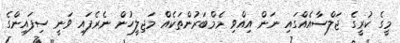
މީގެ ކުރީގެ ޖަލްސާއެއްގައި ނަން އިއްވި މެމްބަރުންތަކެއް މަޖިލީހުން ނެރެފައި ވަނީ ސިފައިންގެ